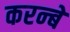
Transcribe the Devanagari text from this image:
करन्बे